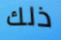
ذلك